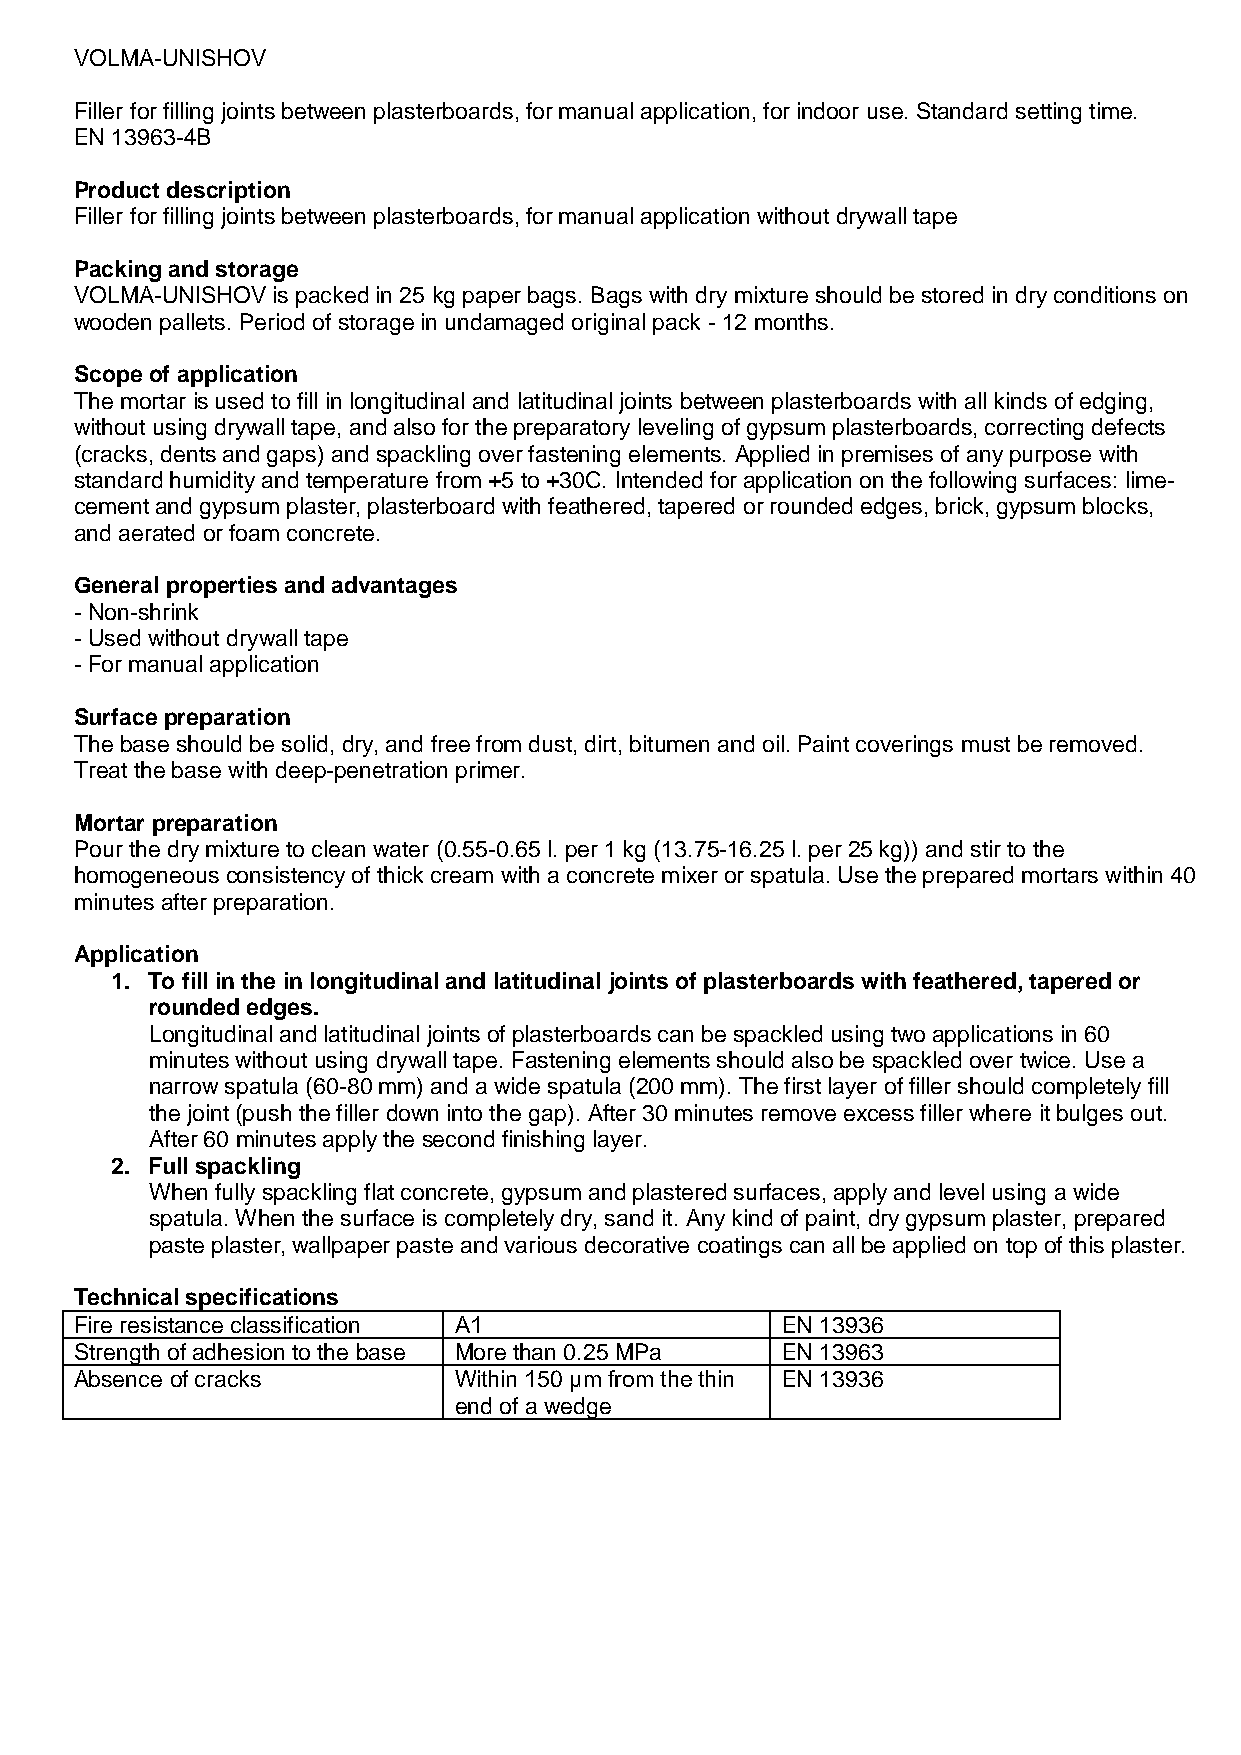
VOLMA-UNISHOV
 Filler for filling joints between plasterboards, for manual application, for indoor use. Standard setting time.
 EN 13963-4В
 Product description
 Filler for filling joints between plasterboards, for manual application without drywall tape
 Packing and storage
 VOLMA-UNISHOV is packed in 25 kg paper bags. Bags with dry mixture should be stored in dry conditions on
 wooden pallets. Period of storage in undamaged original pack - 12 months.
 Scope of application
 The mortar is used to fill in longitudinal and latitudinal joints between plasterboards with all kinds of edging,
 without using drywall tape, and also for the preparatory leveling of gypsum plasterboards, correcting defects
 (cracks, dents and gaps) and spackling over fastening elements. Applied in premises of any purpose with
 standard humidity and temperature from +5 to +30C. Intended for application on the following surfaces: lime-
 cement and gypsum plaster, plasterboard with feathered, tapered or rounded edges, brick, gypsum blocks,
 and aerated or foam concrete.
 General properties and advantages
 - Non-shrink
 - Used without drywall tape
 - For manual application
 Surface preparation
 The base should be solid, dry, and free from dust, dirt, bitumen and oil. Paint coverings must be removed.
 Treat the base with deep-penetration primer.
 Mortar preparation
 Pour the dry mixture to clean water (0.55-0.65 l. per 1 kg (13.75-16.25 l. per 25 kg)) and stir to the
 homogeneous consistency of thick cream with a concrete mixer or spatula. Use the prepared mortars within 40
 minutes after preparation.
 Application
 1. To fill in the in longitudinal and latitudinal joints of plasterboards with feathered, tapered or
 rounded edges.
 Longitudinal and latitudinal joints of plasterboards can be spackled using two applications in 60
 minutes without using drywall tape. Fastening elements should also be spackled over twice. Use a
 narrow spatula (60-80 mm) and a wide spatula (200 mm). The first layer of filler should completely fill
 the joint (push the filler down into the gap). After 30 minutes remove excess filler where it bulges out.
 After 60 minutes apply the second finishing layer.
 2. Full spackling
 When fully spackling flat concrete, gypsum and plastered surfaces, apply and level using a wide
 spatula. When the surface is completely dry, sand it. Any kind of paint, dry gypsum plaster, prepared
 paste plaster, wallpaper paste and various decorative coatings can all be applied on top of this plaster.
 Technical specifications
 Fire resistance classification А1              EN 13936
 Strength of adhesion to the base More than 0.25 MPa EN 13963
 Absence of cracks        Within 150 μm from the thin EN 13936
 end of a wedge